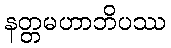
နတ္တမဟာဘိပဿ